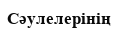
Сәулелерінің